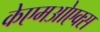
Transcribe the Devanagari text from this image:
केएमओएक्स